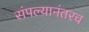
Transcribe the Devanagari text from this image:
संपल्यानंतरच